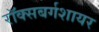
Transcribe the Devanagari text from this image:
रॉक्सबर्गशायर